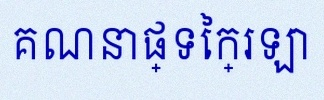
គណនាផ្ទៃក្រឡា